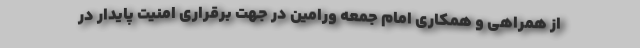
از همراهی و همکاری امام جمعه ورامین در جهت برقراری امنیت پایدار در